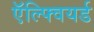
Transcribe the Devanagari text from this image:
ऍल्फ्वियर्ड